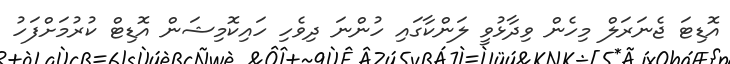
އޮޑިޓަ ޖެނަރަލް މިހެން ވިދާޅުވީ ލަންކާގައި ހުންނަ ދިވެހި ހައިކޮމިޝަން އޮޑިޓް ކުރުމަށްފަހު